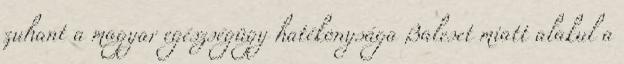
zuhant a magyar egészségügy hatékonysága Baleset miatt alakul a